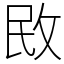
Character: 敃